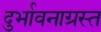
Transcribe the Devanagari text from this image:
दुर्भावनाग्रस्त